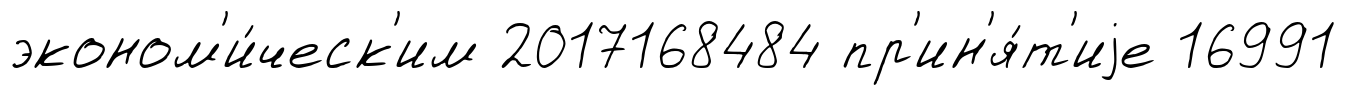
эконом'и́ческ'им 2017168484 пр'ин'я́т'иjе 16991